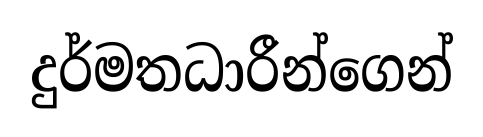
දුර්මතධාරීන්ගෙන්